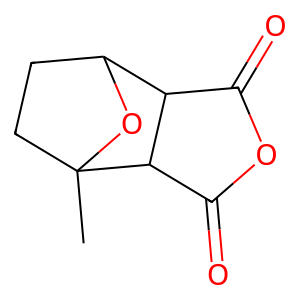
SMILES: CC12CCC(O1)C1C(=O)OC(=O)C12
Inhibits HIV replication: No